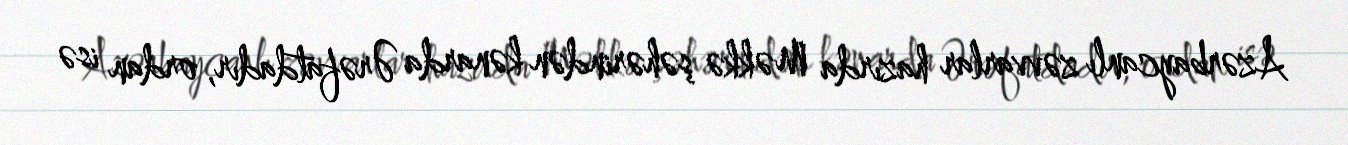
Azərbaycanlı zəvvarlar hazırda Məkkə şəhərindən kənarda Ərəfatdadır, ordan isə